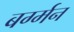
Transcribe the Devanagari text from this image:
बर्ग्मन